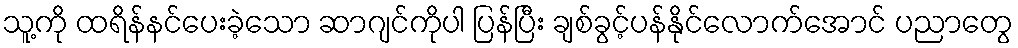
သူ့ကို ထရိန်နင်ပေးခဲ့သော ဆာဂျင်ကိုပါ ပြန်ပြီး ချစ်ခွင့်ပန်နိုင်လောက်အောင် ပညာတွေ